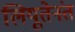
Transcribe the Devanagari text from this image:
लियूतेनंत